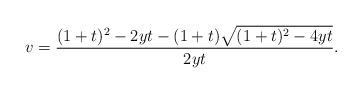
LaTeX: \begin{align*}v=\frac{(1+t)^{2}-2yt-(1+t)\sqrt{(1+t)^{2}-4yt}}{2yt}.\end{align*}